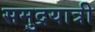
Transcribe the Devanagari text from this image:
समुद्रयात्री